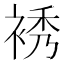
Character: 𧚘